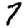
Digit: 7